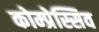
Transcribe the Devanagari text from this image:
कोम्प्रेस्सिव